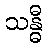
သန္ဓီ